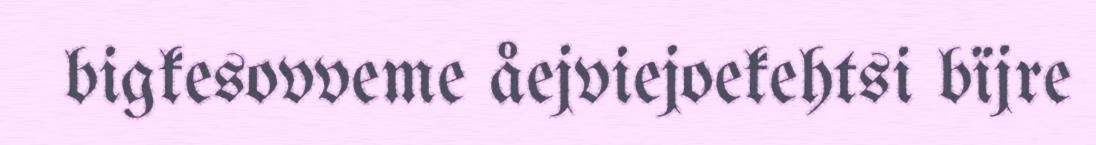
bigkesovveme åejviejoekehtsi bïjre